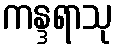
ကန္ဒရာသု